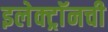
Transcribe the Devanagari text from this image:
इलेक्ट्राॅनची